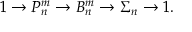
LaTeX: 1 \to P _ { n } ^ { m } \to B _ { n } ^ { m } \to \Sigma _ { n } \to 1 .